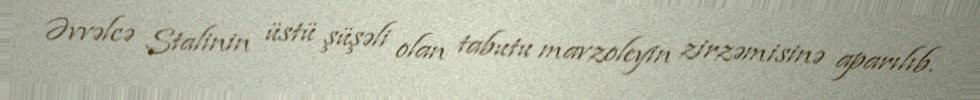
Əvvəlcə Stalinin üstü şüşəli olan tabutu mavzoleyin zirzəmisinə aparılıb.